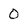
Character: 0